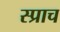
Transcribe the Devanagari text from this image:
स्प्राच